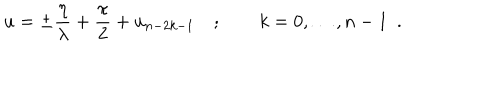
LaTeX: u = \pm \frac { \eta } { \lambda } + \frac { \pi } { 2 } + u _ { n - 2 k - 1 } \quad ; \qquad k = 0 , \dots , n - 1 \, \, \, .